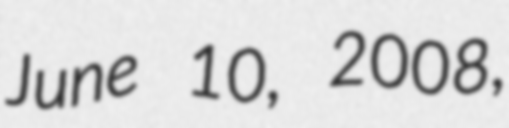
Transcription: June 10, 2008,